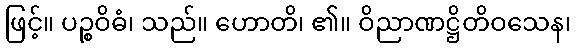
ဖြင့်။ ပဉ္စဝိဓံ၊ သည်။ ဟောတိ၊ ၏။ ဝိညာဏဋ္ဌိတိဝသေန၊